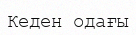
Кеден одағы